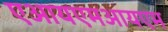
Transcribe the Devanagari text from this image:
एआयएमआयएम